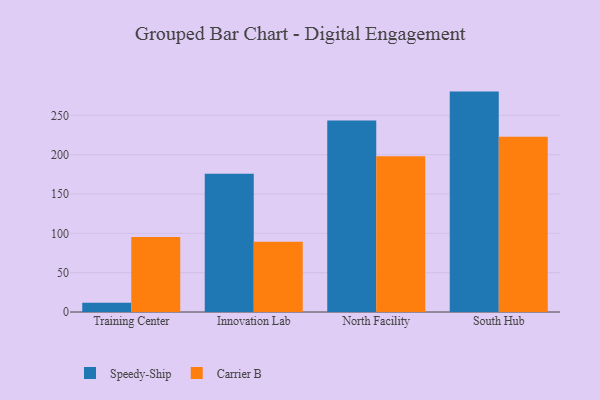
{"axis": {"x": "Campus", "y": "Demand Index"}, "legend": ["Carrier B", "Speedy-Ship"], "data": [{"x": "Training Center", "y": 11.7, "type": "Speedy-Ship"}, {"x": "Training Center", "y": 95.5, "type": "Carrier B"}, {"x": "Innovation Lab", "y": 175.8, "type": "Speedy-Ship"}, {"x": "Innovation Lab", "y": 89.2, "type": "Carrier B"}, {"x": "North Facility", "y": 243.5, "type": "Speedy-Ship"}, {"x": "North Facility", "y": 198.0, "type": "Carrier B"}, {"x": "South Hub", "y": 280.2, "type": "Speedy-Ship"}, {"x": "South Hub", "y": 222.7, "type": "Carrier B"}]}